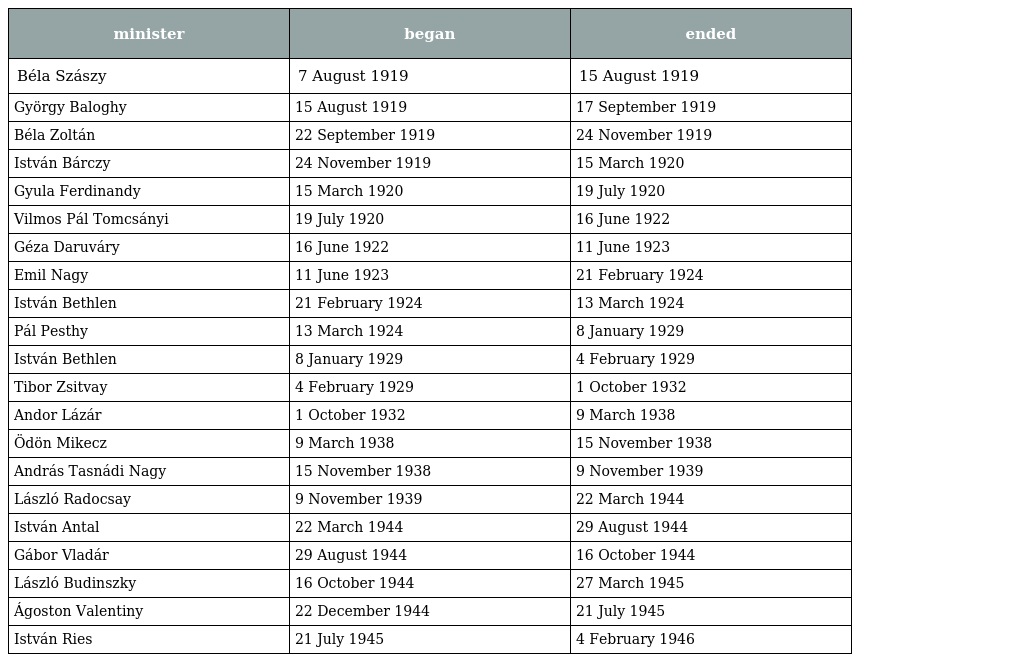
| minister | began | ended |
 | --- | --- | --- |
 | Béla Szászy | 7 August 1919 | 15 August 1919 |
 | György Baloghy | 15 August 1919 | 17 September 1919 |
 | Béla Zoltán | 22 September 1919 | 24 November 1919 |
 | István Bárczy | 24 November 1919 | 15 March 1920 |
 | Gyula Ferdinandy | 15 March 1920 | 19 July 1920 |
 | Vilmos Pál Tomcsányi | 19 July 1920 | 16 June 1922 |
 | Géza Daruváry | 16 June 1922 | 11 June 1923 |
 | Emil Nagy | 11 June 1923 | 21 February 1924 |
 | István Bethlen | 21 February 1924 | 13 March 1924 |
 | Pál Pesthy | 13 March 1924 | 8 January 1929 |
 | István Bethlen | 8 January 1929 | 4 February 1929 |
 | Tibor Zsitvay | 4 February 1929 | 1 October 1932 |
 | Andor Lázár | 1 October 1932 | 9 March 1938 |
 | Ödön Mikecz | 9 March 1938 | 15 November 1938 |
 | András Tasnádi Nagy | 15 November 1938 | 9 November 1939 |
 | László Radocsay | 9 November 1939 | 22 March 1944 |
 | István Antal | 22 March 1944 | 29 August 1944 |
 | Gábor Vladár | 29 August 1944 | 16 October 1944 |
 | László Budinszky | 16 October 1944 | 27 March 1945 |
 | Ágoston Valentiny | 22 December 1944 | 21 July 1945 |
 | István Ries | 21 July 1945 | 4 February 1946 |